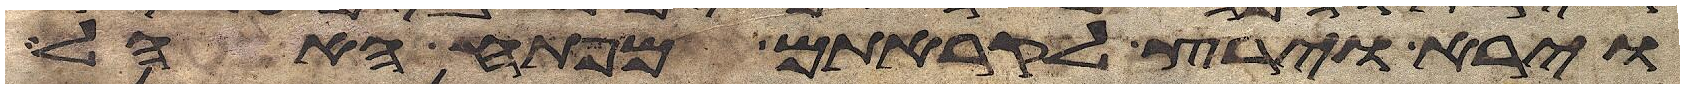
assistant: וירא וירץ לקראתם מפתח האהל